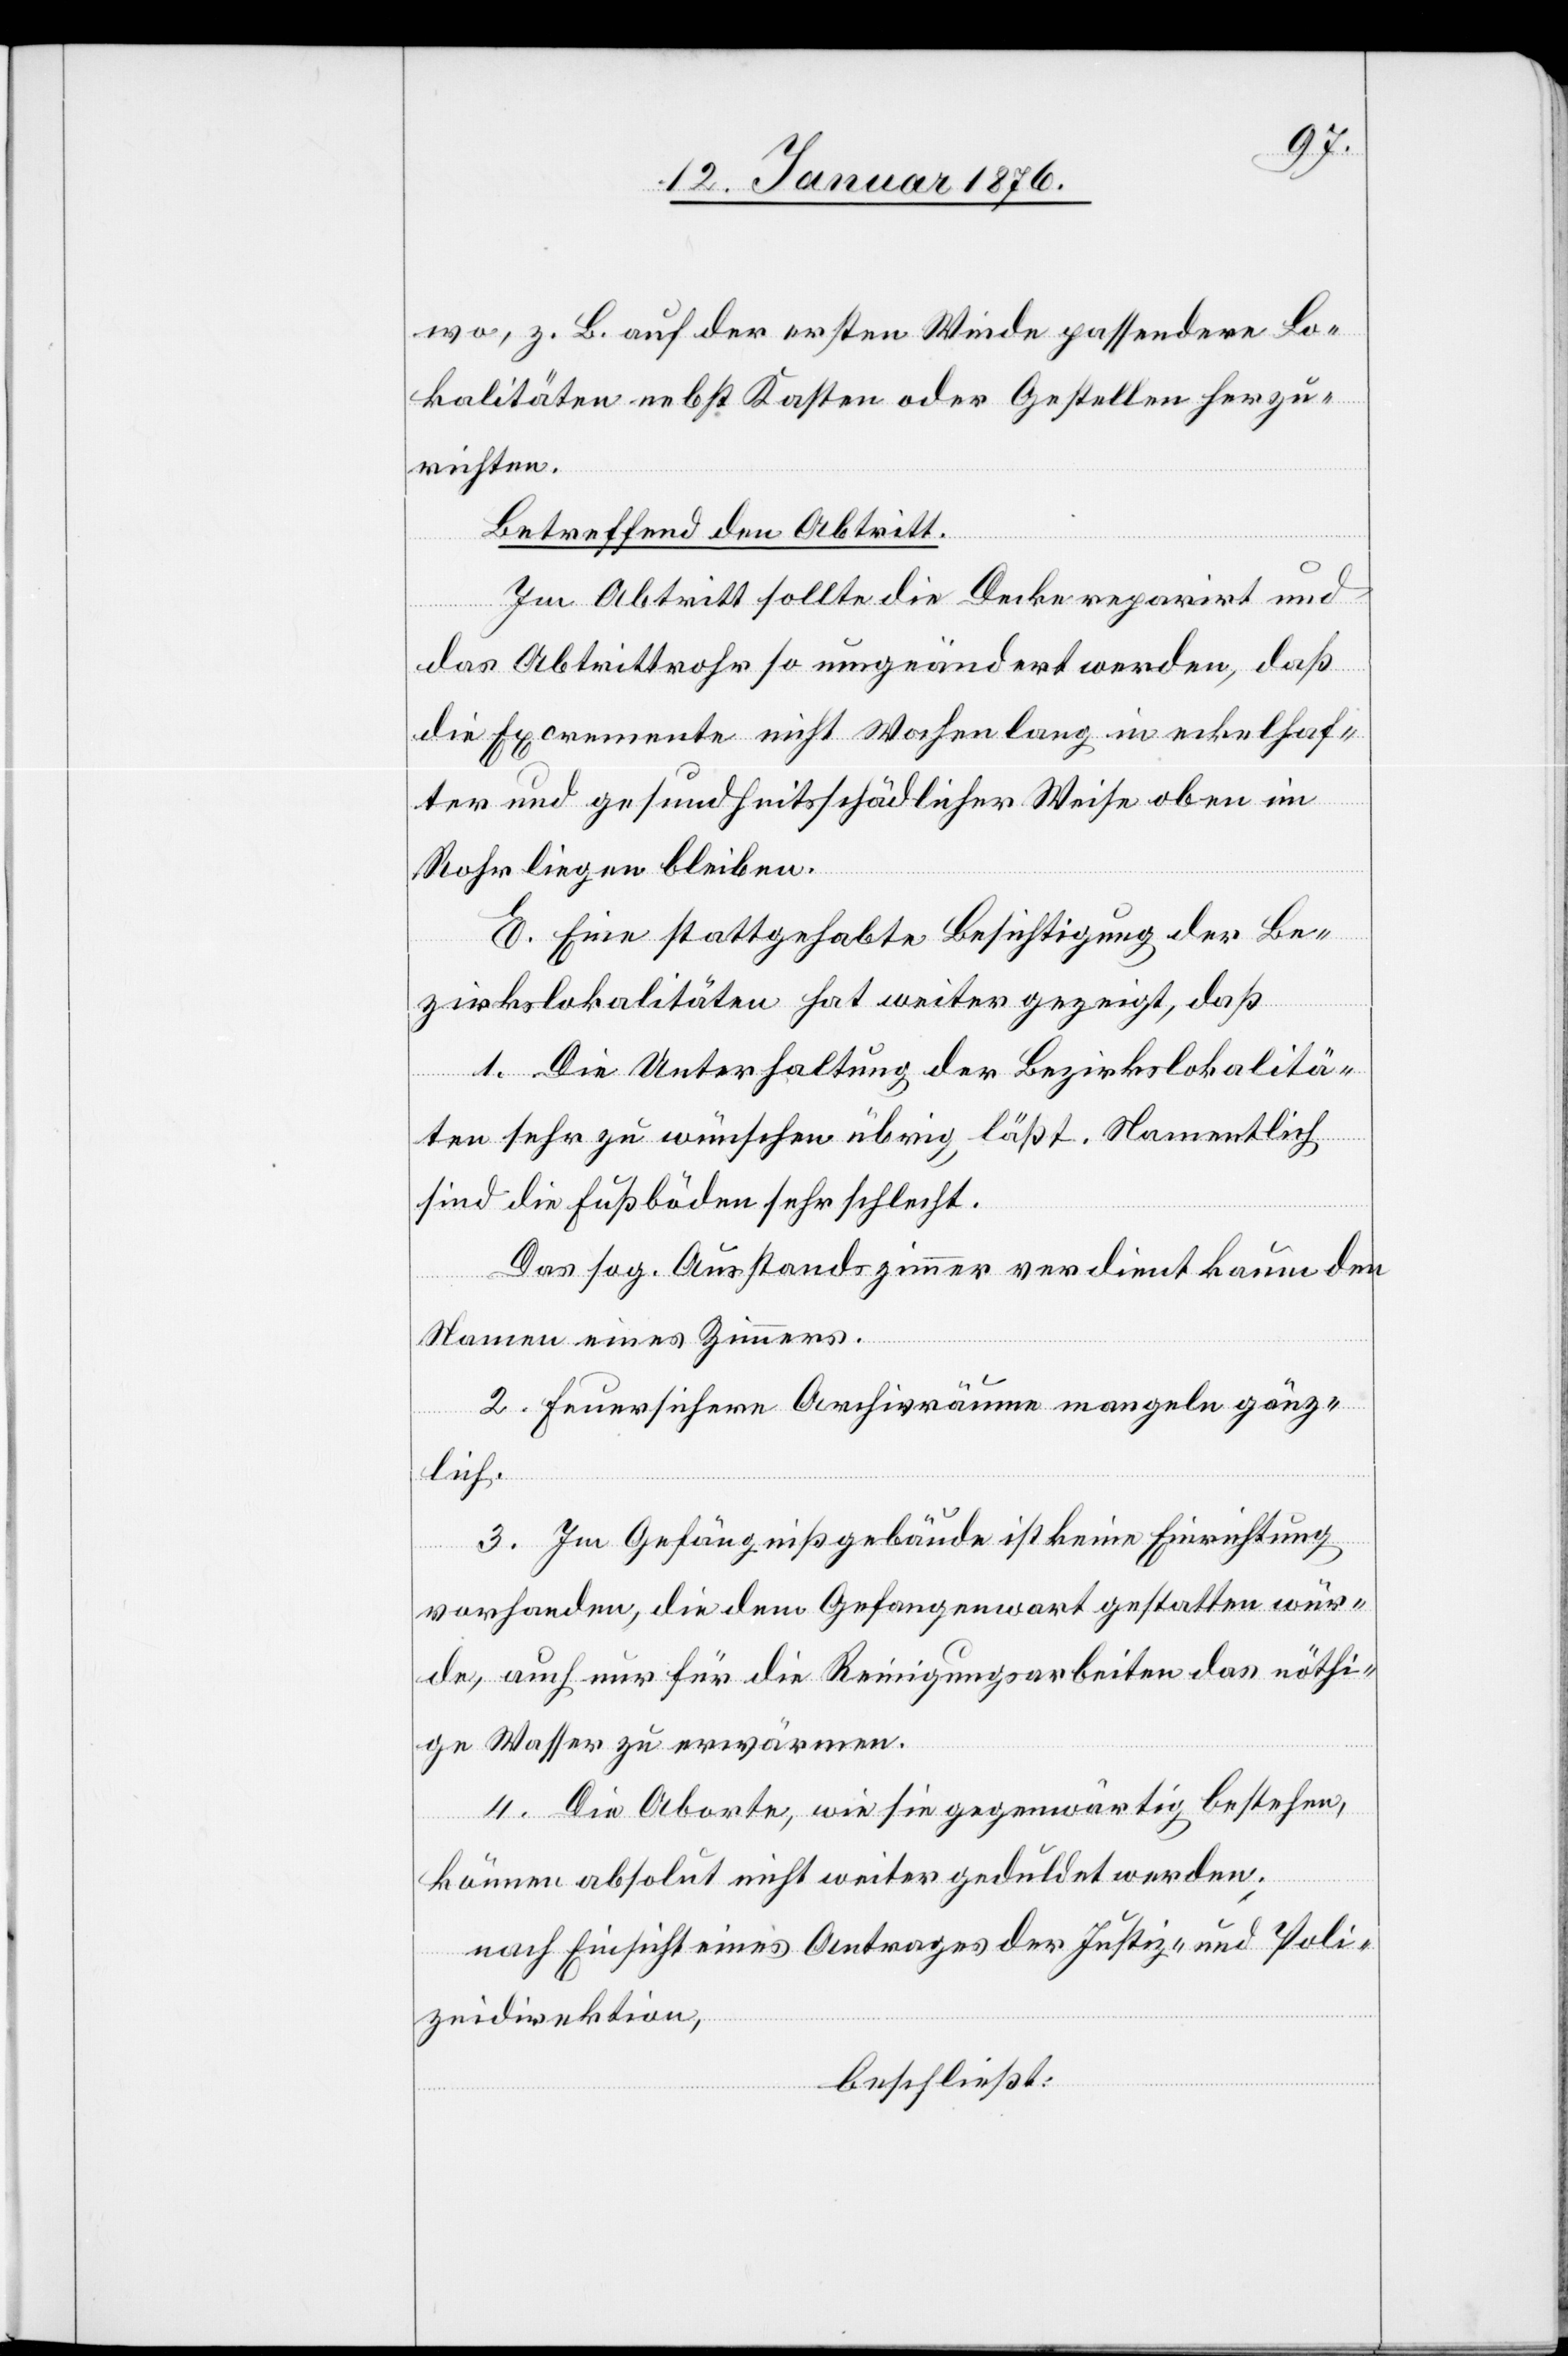
wo, z. B. auf der ersten Winde passendere Lo¬
kalitäten nebst Kasten oder Gestellen herzu¬
richten.
Betreffend den Abtritt.
Im Abtritt sollte die Decke reparirt und
das Abtrittrohr so umgeändert werden, daß
die Excremente nicht Wochen lang in eckelhaf¬
ter und gesundheitsschädlicher Weise oben im
Rohr liegen bleiben.
E. Eine stattgehabt Besichtigung der Be¬
zirkslokalitäten hat weiter gezeigt, daß
1. Die Unterhaltung der Bezirkslokalitä¬
ten sehr zu wünschen übrig läßt. Namentlich
sind die Fußböden sehr schlecht.
Das sog. Ausstandszimmer verdient kaum den
Namen eines Zimmers.
2. Feuersichere Archivräume mangeln gänz¬
lich.
3. Im Gefängnißgebäude ist keine Einrichtung
vorhanden, die dem Gefangenwart gestatten wür¬
de, auch nur für die Reinigungsarbeiten das nöthi¬
ge Wasser zu erwärmen.
4. Die Aborte, wie sie gegenwärtig bestehen,
können absolut nicht weiter geduldet werden.
nach Einsicht eines Antrages der Justiz- und Poli¬
zeidirektion,
beschließt: